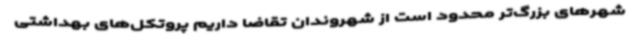
شهرهای بزرگ‌تر محدود است از شهروندان تقاضا داریم پروتکل‌های بهداشتی